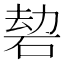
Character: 䂲